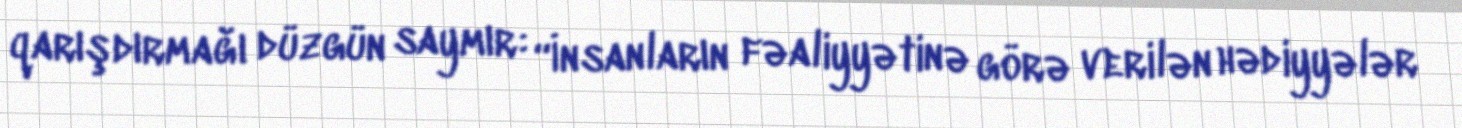
qarışdırmağı düzgün saymır: “İnsanların fəaliyyətinə görə verilən hədiyyələr